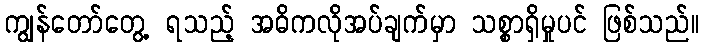
ကျွန်တော်တွေ့ ရသည့် အဓိကလိုအပ်ချက်မှာ သစ္စာရှိမှုပင် ဖြစ်သည်။